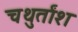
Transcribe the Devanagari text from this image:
चथुर्तांश